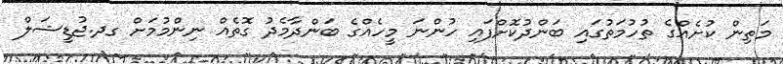
މަތިން ކުށެއްގެ ތުހުމަތުގައި ބަންދުކޮށްފައި ހުންނަ މީހެއްގެ ބަންދާމެދު ގޮތެއް ނިންމުމަށް ގދ.ޖުޑީޝަލް